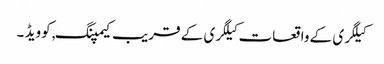
کیلگری کے واقعات کیلگری کے قریب کیمپنگ, کوویڈ ۔